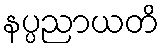
နပ္ပညာယတိ